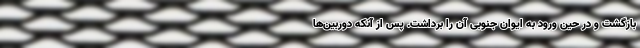
بازگشت و در حین ورود به ایوان جنوبی آن را برداشت. پس از آنکه دوربین‌ها